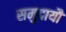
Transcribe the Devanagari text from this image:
समुदायौं